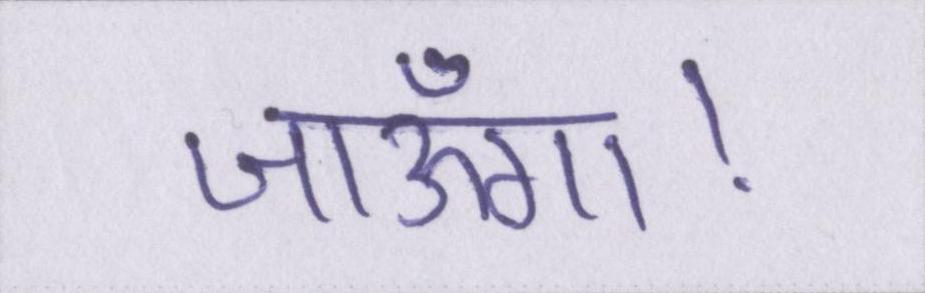
जाऊँगा।